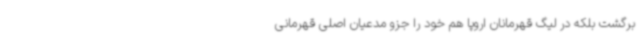
برگشت بلکه در لیگ قهرمانان اروپا هم خود را جزو مدعیان اصلی قهرمانی